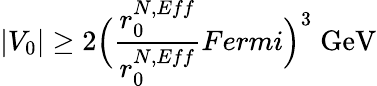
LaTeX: |V_{0}|\ge 2\Bigl(\frac{r_{0}^{N,Eff}}{r_{0}^{N,Eff}}{Fermi}\Bigr)^{3}\; \mathrm{GeV}